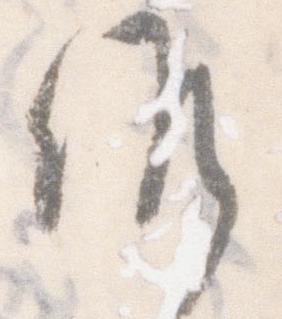
候